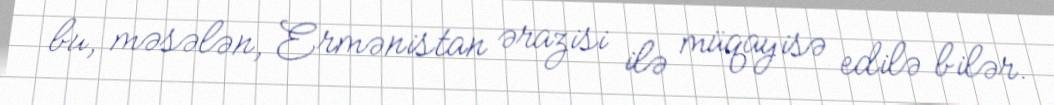
bu, məsələn, Ermənistan ərazisi ilə müqayisə edilə bilər.